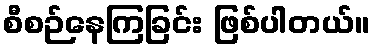
စီစဉ်နေကြခြင်း ဖြစ်ပါတယ်။